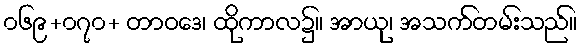
၀၆၉+၀၇၀+ တာဝဒေ၊ ထိုကာလ၌။ အာယု၊ အသက်တမ်းသည်။